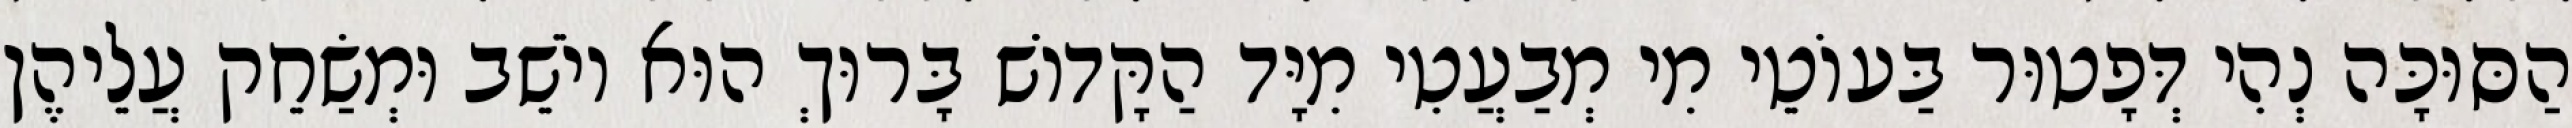
הַסּוּכָּה נְהִי דְּפָטוּר בַּעוֹטֵי מִי מְבַעֲטִי מִיָּד הַקָּדוֹשׁ בָּרוּךְ הוּא יוֹשֵׁב וּמְשַׂחֵק עֲלֵיהֶן